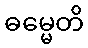
ဓမ္မေတိ